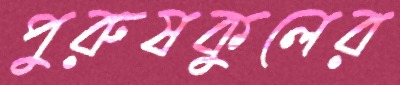
পুরুষকুলের